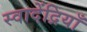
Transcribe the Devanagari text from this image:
स्वादेंद्रियाँ